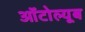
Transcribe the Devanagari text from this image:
ऑटोल्यूब